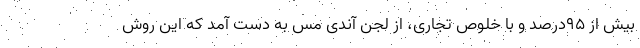
بیش از ۹۵درصد و با خلوص تجاری، از لجن آندی مس به دست آمد که این روش